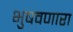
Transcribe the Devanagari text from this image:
भुषवणारा